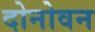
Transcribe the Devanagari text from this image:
दोनोवन